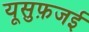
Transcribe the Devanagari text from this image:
यूसुफ़जई